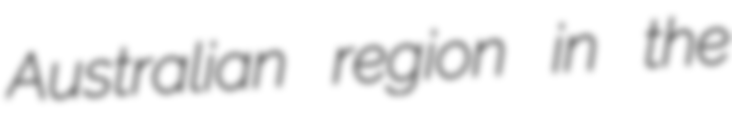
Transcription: Australian region in the